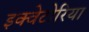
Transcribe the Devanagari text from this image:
इक्वेटोरिया